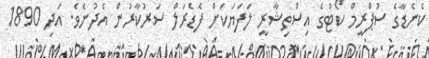
ކެނެޑާގެ ސުޕްރީމް ކޯޓުގެ އިސްތިޝާރީ ލަފަޔަކަށް ފެޑެރަލް ސަރުކާރުން އެދުނެވެ. އަދި 1890